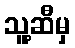
သူ့ဆီမှ